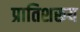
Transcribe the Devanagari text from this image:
प्रातिशरूय